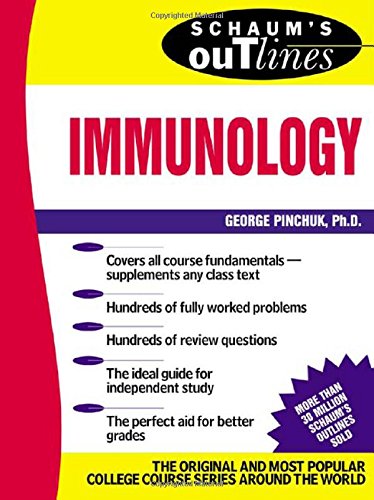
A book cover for Schaum's Outline of Immunology; George Pinchuk; Health, Fitness & Dieting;